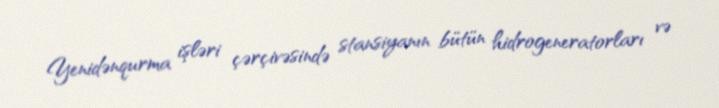
Yenidənqurma işləri çərçivəsində stansiyanın bütün hidrogeneratorları və